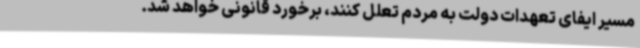
مسیر ایفای تعهدات دولت به مردم تعلل کنند، برخورد قانونی خواهد شد.